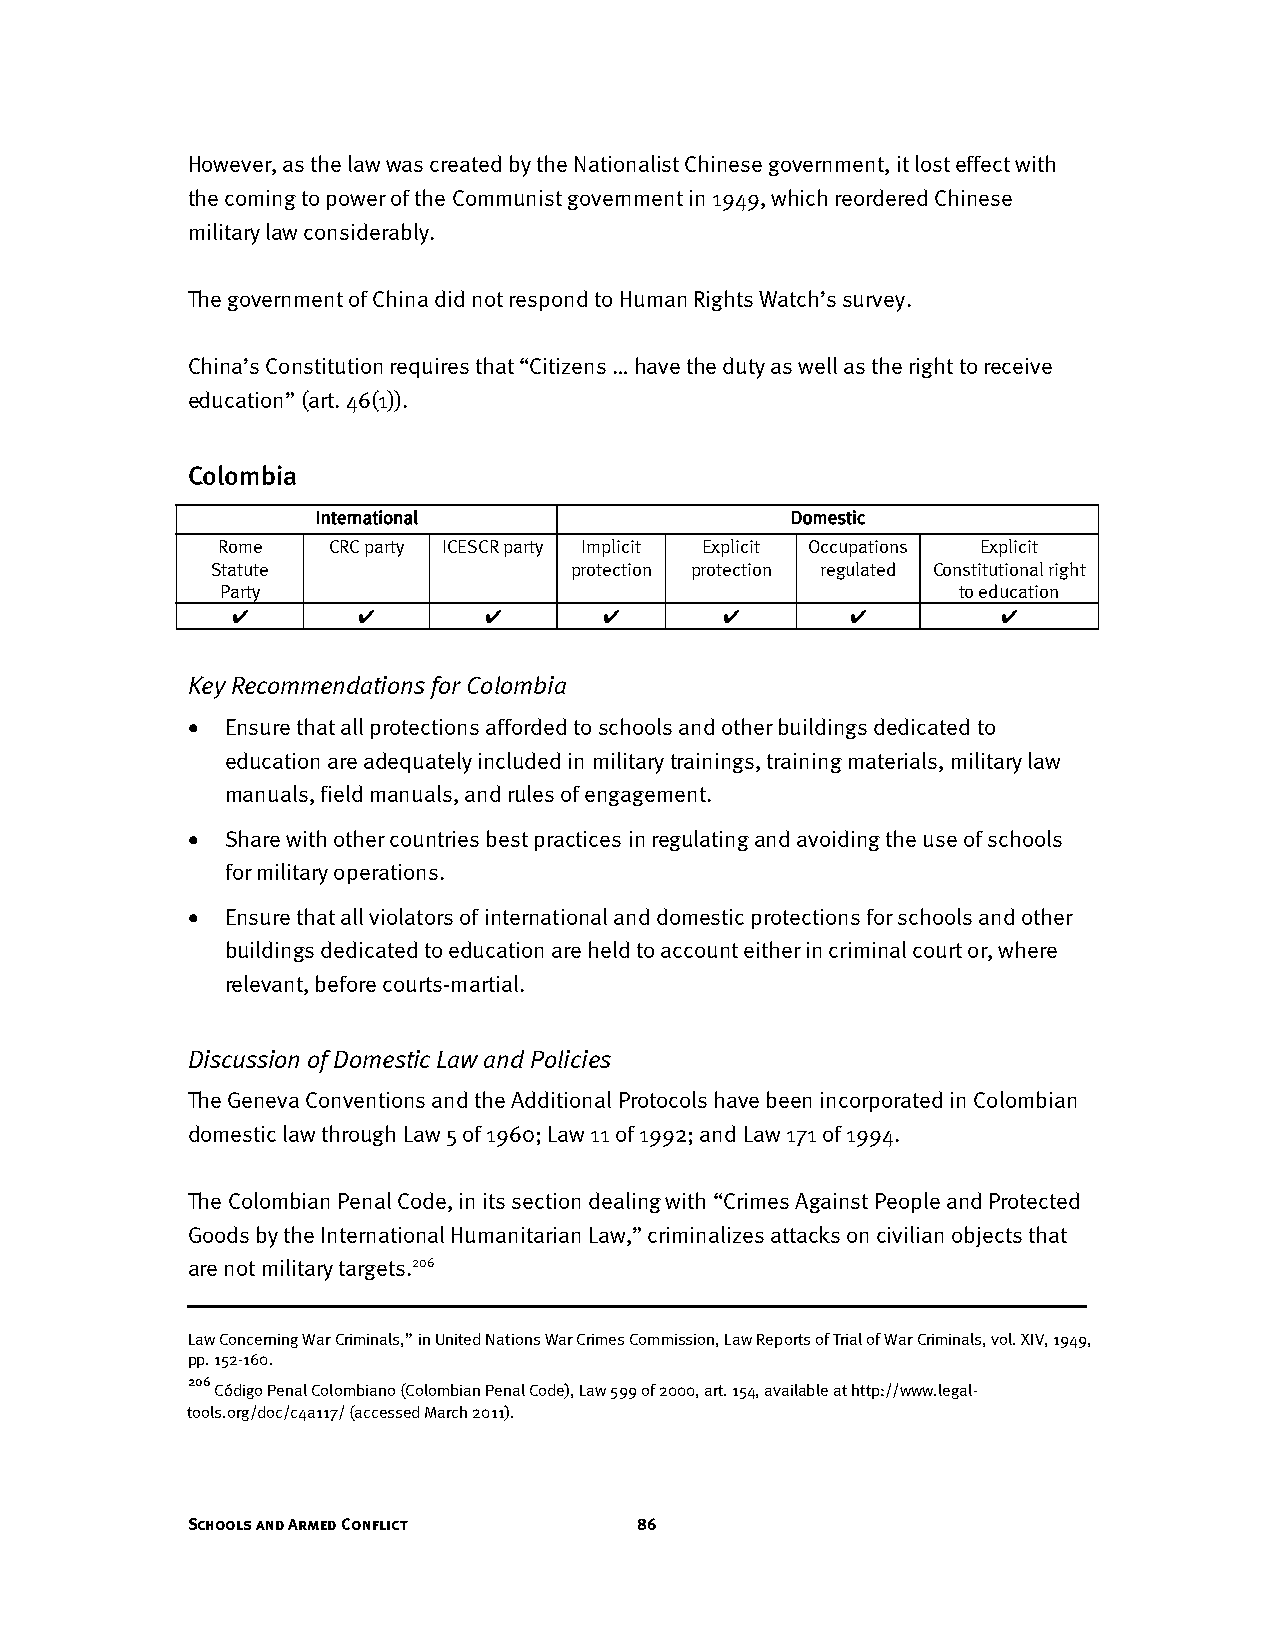
However, as the law was created by the Nationalist Chinese government, it lost effect with
 the coming to power of the Communist government in 1949, which reordered Chinese
 military law considerably.
 The government of China did not respond to Human Rights Watch’s survey.
 China’s Constitution requires that “Citizens … have the duty as well as the right to receive
 education” (art. 46(1)).
 Colombia
 International                  Domestic
 Rome    CRC party ICESCR party Implicit Explicit Occupations Explicit
 Statute                 protection protection regulated Constitutional right
 Party                                           to education
 ✔        ✔       ✔       ✔       ✔       ✔         ✔
 Key Recommendations for Colombia
 •  Ensure that all protections afforded to schools and other buildings dedicated to
 education are adequately included in military trainings, training materials, military law
 manuals, field manuals, and rules of engagement.
 •  Share with other countries best practices in regulating and avoiding the use of schools
 for military operations.
 •  Ensure that all violators of international and domestic protections for schools and other
 buildings dedicated to education are held to account either in criminal court or, where
 relevant, before courts-martial.
 Discussion of Domestic Law and Policies
 The Geneva Conventions and the Additional Protocols have been incorporated in Colombian
 domestic law through Law 5 of 1960; Law 11 of 1992; and Law 171 of 1994.
 The Colombian Penal Code, in its section dealing with “Crimes Against People and Protected
 Goods by the International Humanitarian Law,” criminalizes attacks on civilian objects that
 are not military targets.206
 Law Concerning War Criminals,” in United Nations War Crimes Commission, Law Reports of Trial of War Criminals, vol. XIV, 1949,
 pp. 152-160.
 206
 Código Penal Colombiano (Colombian Penal Code), Law 599 of 2000, art. 154, available at http://www.legal-
 tools.org/doc/c4a117/ (accessed March 2011).
 Schools and Armed Conflict    86